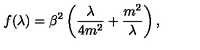
f ( \lambda ) = \beta ^ { 2 } \left( \frac { \lambda } { 4 m ^ { 2 } } + \frac { m ^ { 2 } } { \lambda } \right) ,